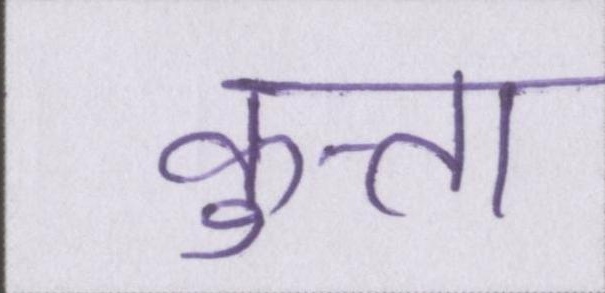
कुत्ता